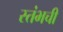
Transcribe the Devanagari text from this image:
स्तंभची